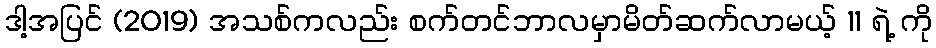
ဒါ့အပြင် (2019) အသစ်ကလည်း စက်တင်ဘာလမှာမိတ်ဆက်လာမယ့် 11 ရဲ့ ကို